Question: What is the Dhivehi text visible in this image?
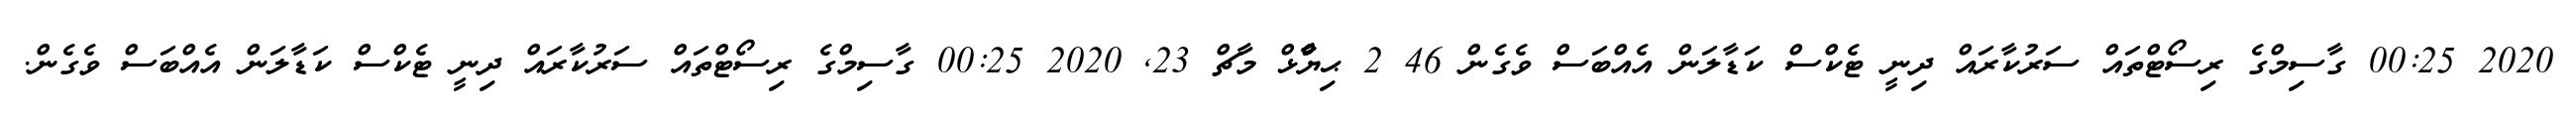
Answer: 2020 00:25 ގާސިމްގެ ރިސޯޓްތައް ސަރުކާރައް ދިނީ ޓެކްސް ކަޑާލަން އެއްބަސް ވެގެން 46 2 ޙިޔާާްްޅް މާޗް 23, 2020 00:25 ގާސިމްގެ ރިސޯޓްތައް ސަރުކާރައް ދިނީ ޓެކްސް ކަޑާލަން އެއްބަސް ވެގެން.